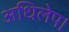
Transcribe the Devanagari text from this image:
अधिलेप।